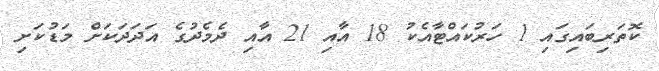
ކޮތަރިބައިގައި 1 ހަރުކައްޓާއެކު 18 އާއި 21 އާއި ދެމެދުގެ އަދަދަަކަށް މަޑުކަށި